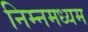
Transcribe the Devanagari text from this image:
निम्नमध्यम